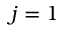
j = 1